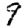
Digit: 9